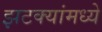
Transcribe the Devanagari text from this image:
झटक्यांमध्ये